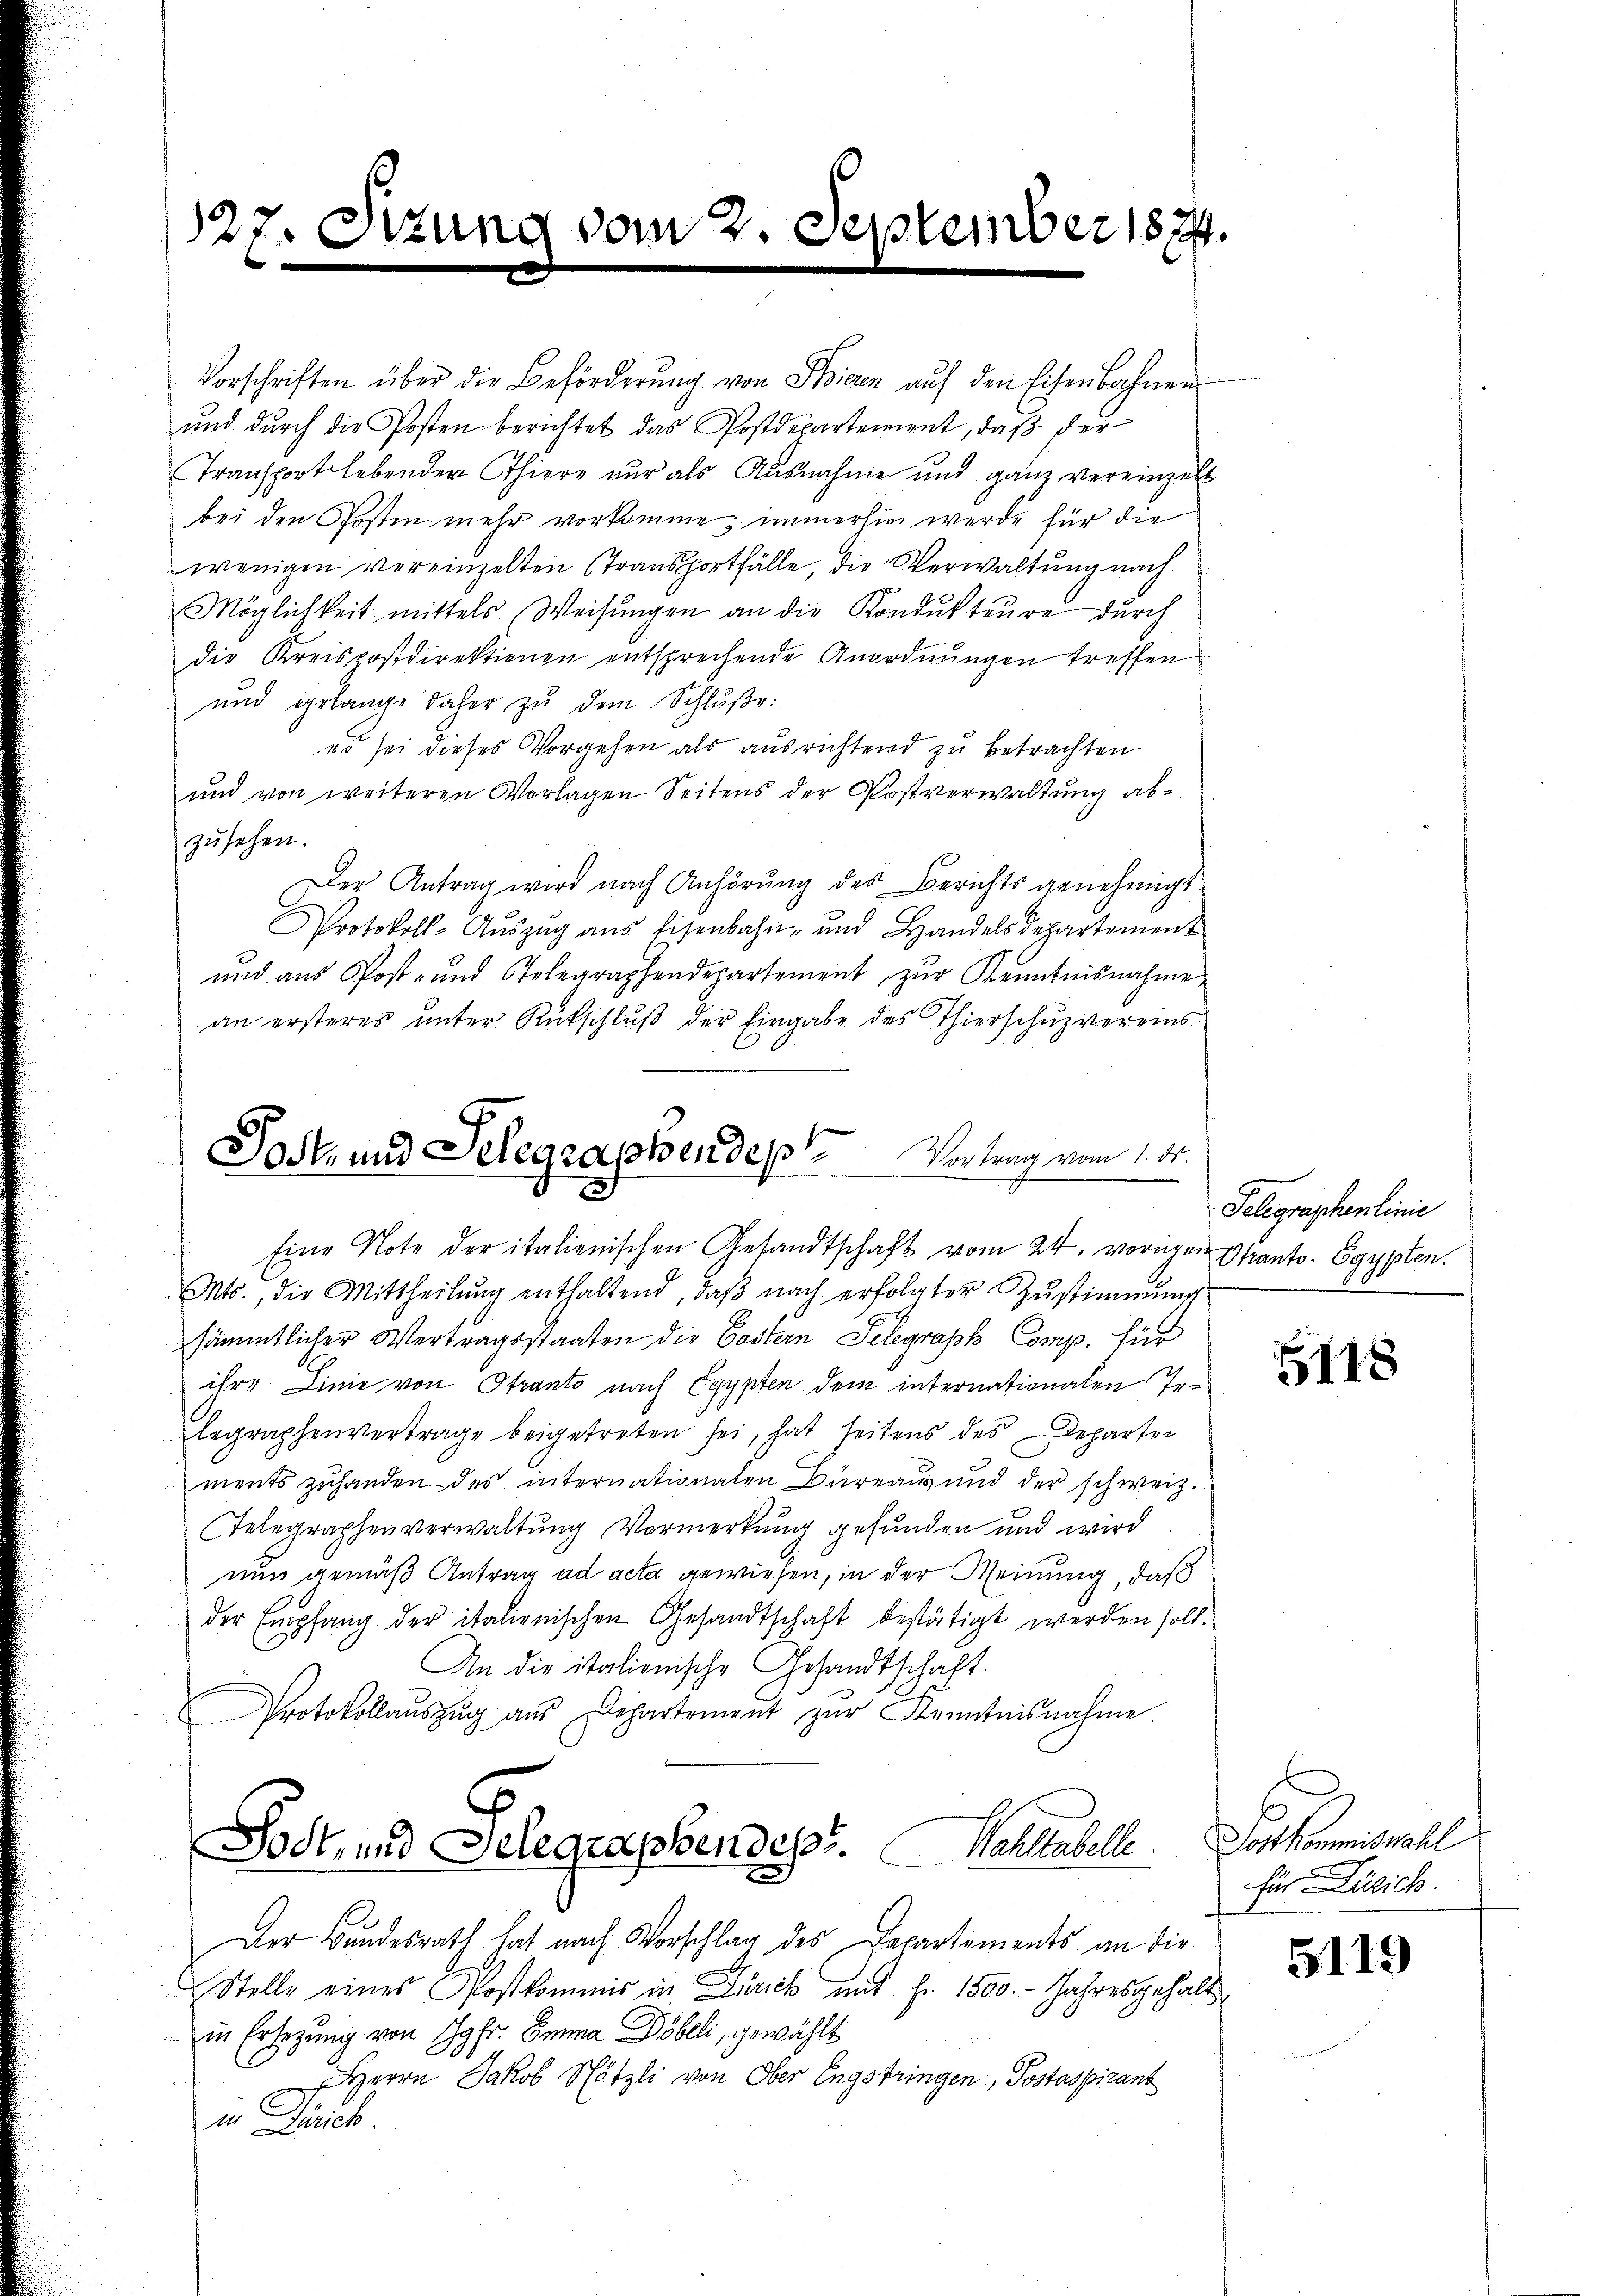
127. Sitzun

Vorschriften über die Beförderŭng von Stieren aŭf den Eisenbahnen
und durch die Posten berichtet das Postdepartement, daβ der
Transport lebender Thiere nur als Ausnahme und ganz vereinzelt
bei den Posten mehr vorkomme; immerhin werde für die
wenigen vereinzelten Transportfälle, die Verwaltung nach
Möglichkeit mittels Weisŭngen an die Kondukteure durch
die Kreispostdirektionen entsprechende Anordnungen treffen
und gelange daher zŭ dem Schlŭβe:
es sei dieses Vorgehen als ausrichtend zu betrachten
und von weiteren Vorlagen Seitens der Postverwaltung abzŭsehen.
Der Antrag wird nach Anhörung des Berichts genehmigt
Protokoll-Aŭszŭg ans Eisenbahn- und Handels departement
und aus Post- und Telegraphendepartement zŭr Kenntnisnahme
an ersteres ŭnter Rutschlŭβ der Eingabe des Thierschŭzvereins

Mts., die Mittheilŭng enthaltend, daβ nach erfolgter Zŭstimmung
sämmtlicher Vertragsstaaten die Castern Selegraph Comp. für
ihre Linie von Strants nach Egypten dem internationalen Inlegraphenvertrage beigetreten sei, hat seitens des Departen
ments zuhanden des internationalen Büreau und der schweiz.
Telegraphenverwaltung, Vermerkung gefunden und wird
nun gemäß Antrag ad acta gewiesen, in der Meinung, daß
der Empfang der italienischen Gesandtschaft bestätigt werden soll.
An die italionische Gesandtschaft.
Protokollaŭszŭg aŭs Departement zŭr Kenntnisnahme.
Sodt, und Belegraphendest. Wahltabelle.
Der Bundesrath hat nach Vorschlag des Departements an die
Stelle eines Postkommis in Zürich mit fr. 1500. - Jahresgehaltin Ersezung von Jgfr. Emma Döbeli, gewählt
 Herrn Jakob Nötzli von Ober Engstringen, Postaspirant
in Zürich.

vom 2. September 1874.

Tost- und Telegraphen des Vortrag vom 1. ds.
Eine Note der italienischen Gesandtschaft vom 24. vorigen Okanto- Egypten.

Telegraphenlinie

5118

Jost kommiswahl
für Zürich.

5119